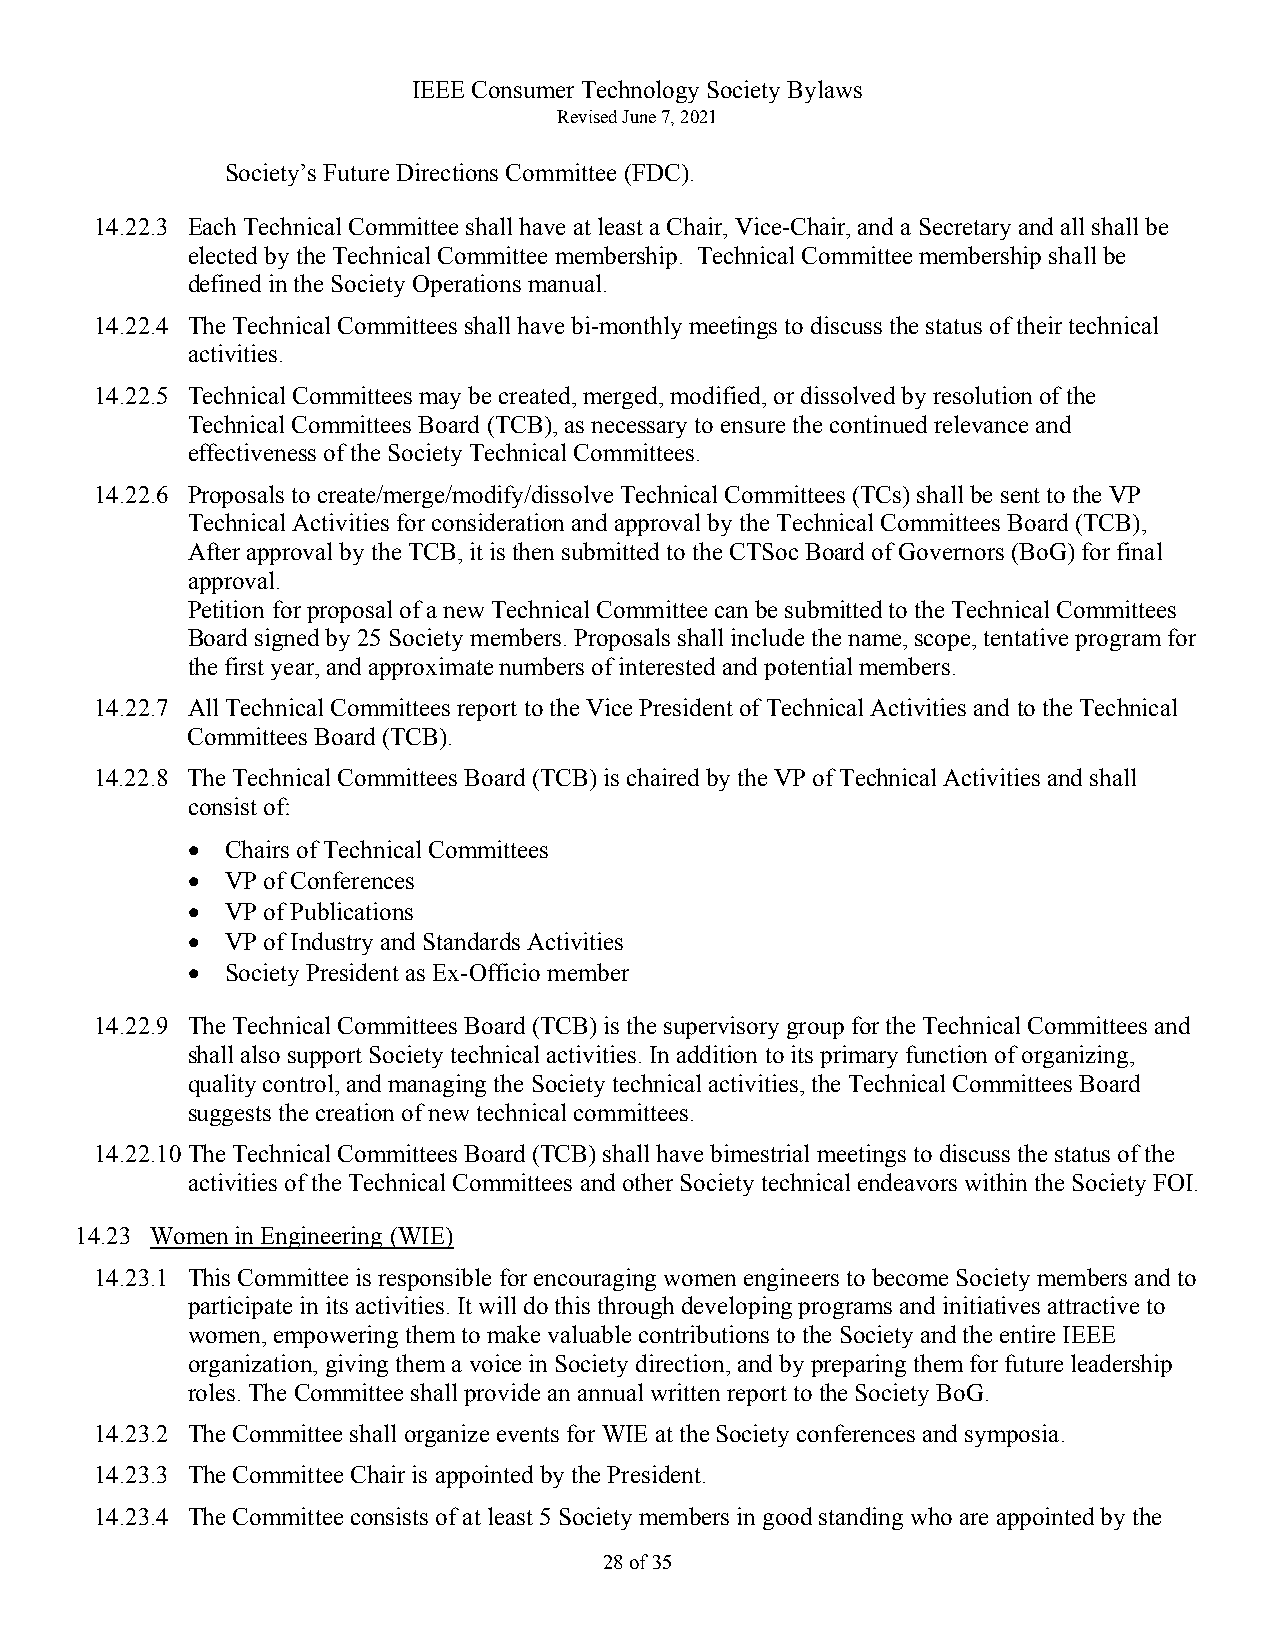
IEEE Consumer Technology Society Bylaws
 Revised June 7, 2021
 Society’s Future Directions Committee (FDC).
 14.22.3 Each Technical Committee shall have at least a Chair, Vice-Chair, and a Secretary and all shall be
 elected by the Technical Committee membership. Technical Committee membership shall be
 defined in the Society Operations manual.
 14.22.4 The Technical Committees shall have bi-monthly meetings to discuss the status of their technical
 activities.
 14.22.5 Technical Committees may be created, merged, modified, or dissolved by resolution of the
 Technical Committees Board (TCB), as necessary to ensure the continued relevance and
 effectiveness of the Society Technical Committees.
 14.22.6 Proposals to create/merge/modify/dissolve Technical Committees (TCs) shall be sent to the VP
 Technical Activities for consideration and approval by the Technical Committees Board (TCB),
 After approval by the TCB, it is then submitted to the CTSoc Board of Governors (BoG) for final
 approval.
 Petition for proposal of a new Technical Committee can be submitted to the Technical Committees
 Board signed by 25 Society members. Proposals shall include the name, scope, tentative program for
 the first year, and approximate numbers of interested and potential members.
 14.22.7 All Technical Committees report to the Vice President of Technical Activities and to the Technical
 Committees Board (TCB).
 14.22.8 The Technical Committees Board (TCB) is chaired by the VP of Technical Activities and shall
 consist of:
 •  Chairs of Technical Committees
 •  VP of Conferences
 •  VP of Publications
 •  VP of Industry and Standards Activities
 •  Society President as Ex-Officio member
 14.22.9 The Technical Committees Board (TCB) is the supervisory group for the Technical Committees and
 shall also support Society technical activities. In addition to its primary function of organizing,
 quality control, and managing the Society technical activities, the Technical Committees Board
 suggests the creation of new technical committees.
 14.22.10 The Technical Committees Board (TCB) shall have bimestrial meetings to discuss the status of the
 activities of the Technical Committees and other Society technical endeavors within the Society FOI.
 14.23 Women in Engineering (WIE)
 14.23.1 This Committee is responsible for encouraging women engineers to become Society members and to
 participate in its activities. It will do this through developing programs and initiatives attractive to
 women, empowering them to make valuable contributions to the Society and the entire IEEE
 organization, giving them a voice in Society direction, and by preparing them for future leadership
 roles. The Committee shall provide an annual written report to the Society BoG.
 14.23.2 The Committee shall organize events for WIE at the Society conferences and symposia.
 14.23.3 The Committee Chair is appointed by the President.
 14.23.4 The Committee consists of at least 5 Society members in good standing who are appointed by the
 28 of 35